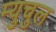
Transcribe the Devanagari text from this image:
म्युचुल